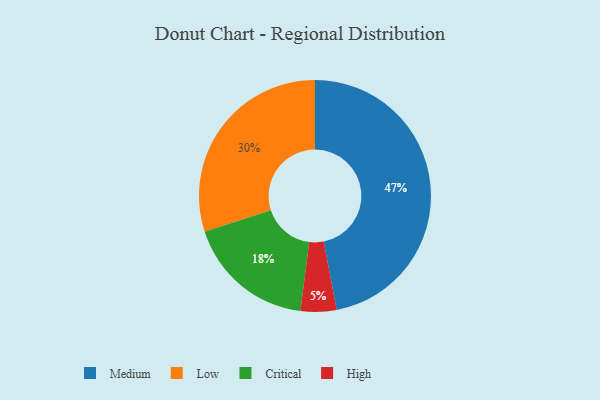
{"axis": {"x": "Category", "y": "Percentage"}, "legend": ["Critical", "High", "Low", "Medium"], "data": [{"x": "High", "y": 5, "type": "High"}, {"x": "Critical", "y": 18, "type": "Critical"}, {"x": "Medium", "y": 47, "type": "Medium"}, {"x": "Low", "y": 30, "type": "Low"}]}